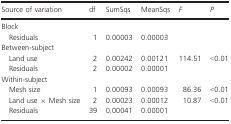
<table><thead><tr><td><b>Source of variation</b></td><td><b>df</b></td><td><b>SumSqs</b></td><td><b>MeanSqs</b></td><td><b><i>F</i></b></td><td><b><i>P</i></b></td></tr></thead><tbody><tr><td colspan="6">Block</td></tr><tr><td>Residuals</td><td>1</td><td>0.00003</td><td>0.00003</td><td></td><td></td></tr><tr><td colspan="6">Between‐subject</td></tr><tr><td>Land use</td><td>2</td><td>0.00242</td><td>0.00121</td><td>114.51</td><td>&lt;0.01</td></tr><tr><td>Residuals</td><td>2</td><td>0.00002</td><td>0.00001</td><td></td><td></td></tr><tr><td colspan="6">Within‐subject</td></tr><tr><td>Mesh size</td><td>1</td><td>0.00093</td><td>0.00093</td><td>86.36</td><td>&lt;0.01</td></tr><tr><td>Land use × Mesh size</td><td>2</td><td>0.00023</td><td>0.00012</td><td>10.87</td><td>&lt;0.01</td></tr><tr><td>Residuals</td><td>39</td><td>0.00041</td><td>0.00001</td><td></td><td></td></tr></tbody></table>